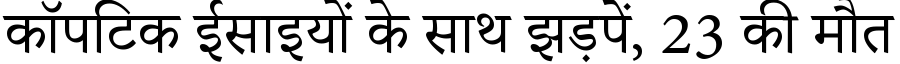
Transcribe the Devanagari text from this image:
कॉपटिक ईसाइयों के साथ झड़पें, 23 की मौत